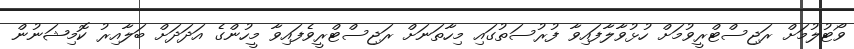
ވޯޓުލުމަށް ރަޖިސްޓްރީވުމަށް ހުޅުވާލާފައިވާ ފުރުސަތުގައި މިހާތަނަށް ރަޖިސްޓްރީވެފައިވާ މީހުންގެ އަދަދަށް ބަލާއިރު ކޮމިޝަނުން